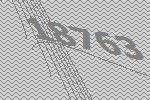
18763